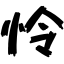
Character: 怜